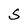
Character: S